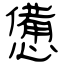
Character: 憊